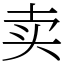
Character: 卖